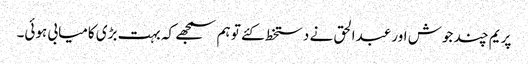
پریم چند جوش اور عبدالحق نے دستخط کئے تو ہم سمجھے کہ بہت بڑی کامیابی ہوئی۔